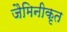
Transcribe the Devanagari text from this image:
जैमिनीकृत